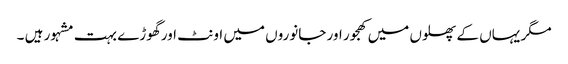
مگر یہاں کے پھلوں میں کھجور اور جانوروں میں اونٹ اور گھوڑے بہت مشہور ہیں ۔